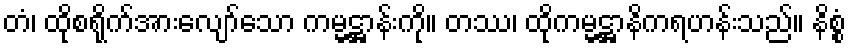
တံ၊ ထိုစရိုက်အားလျော်သော ကမ္မဋ္ဌာန်းကို။ တဿ၊ ထိုကမ္မဋ္ဌာနိကရဟန်းသည်။ နိစ္စံ